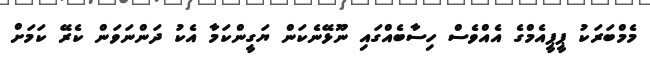
މެމްބަރަކު ޕީޕީއެމްގެ އެއްވެސް ހިސާބެއްގައި ނޫޅޭނެކަން ޔަގީންކަމާ އެކު ދަންނަވަން ކެރޭ ކަމަށް